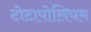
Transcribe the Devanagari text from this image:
टोटापोलियम